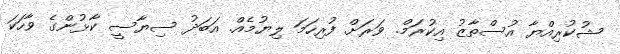
ޝުކުރިއްޔާ އުސްތާޒު އިކުރަމް. ވަރަށް ފުރިހަމަ ލިޔުމެއް. އަބަދު ސިޔާސީ ކާޅުންގެ ވާހަކަ